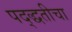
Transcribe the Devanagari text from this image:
पद्द्धतीचा